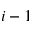
i - 1